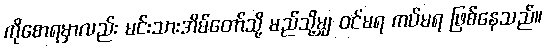
ကိုစောရမှာလည်း မင်းသားအိမ်တော်သို့ မည်သို့မျှ ဝင်မရ ကပ်မရ ဖြစ်နေသည်။